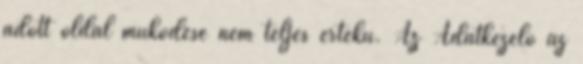
adott oldal működése nem teljes értékű. Az Adatkezelő az